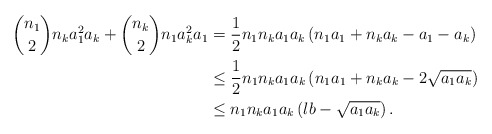
\begin{align*}\binom{n_{1}}{2}n_{k}a_{1}^{2}a_{k}+\binom{n_{k}}{2}n_{1}a_{k}^{2}a_{1} &=\frac{1}{2}n_{1}n_{k}a_{1}a_{k}\left( n_{1}a_{1}+n_{k}a_{k}-a_{1}-a_{k}\right) \\& \leq\frac{1}{2}n_{1}n_{k}a_{1}a_{k}\left( n_{1}a_{1}+n_{k}a_{k}-2\sqrt{a_{1}a_{k}}\right) \\& \leq n_{1}n_{k}a_{1}a_{k}\left( lb-\sqrt{a_{1}a_{k}}\right) .\end{align*}